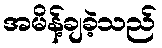
အမိန့်ချခဲ့သည်